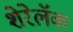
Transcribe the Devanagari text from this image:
शेरेलॅक